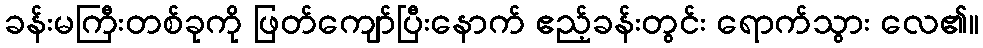
ခန်းမကြီးတစ်ခုကို ဖြတ်ကျော်ပြီးနောက် ဧည့်ခန်းတွင်း ရောက်သွား လေ၏။